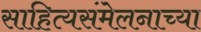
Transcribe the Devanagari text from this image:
साहित्यसंमेलनाच्या